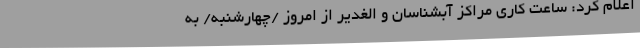
اعلام کرد: ساعت کاری مراکز آبشناسان و الغدیر از امروز /چهارشنبه/ به